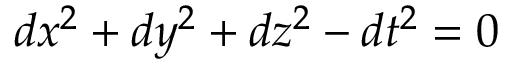
d x ^ { 2 } + d y ^ { 2 } + d z ^ { 2 } - d t ^ { 2 } = 0